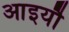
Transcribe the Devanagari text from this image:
आइयौ